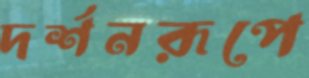
দর্শনরূপে